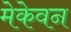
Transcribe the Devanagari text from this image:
मेकेवन